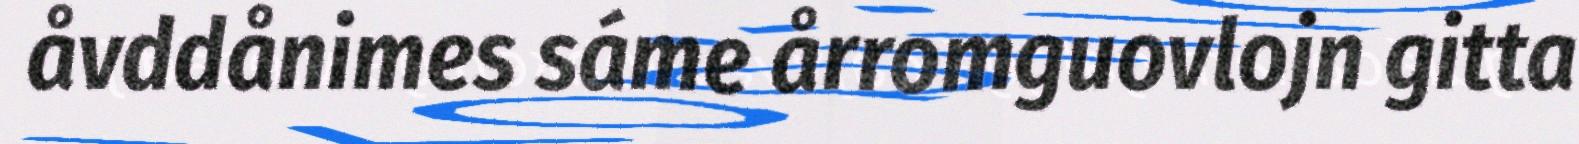
åvddånimes sáme årromguovlojn gitta